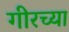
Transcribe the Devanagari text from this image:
गीरच्या